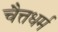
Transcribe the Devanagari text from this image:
चैत्तधर्म